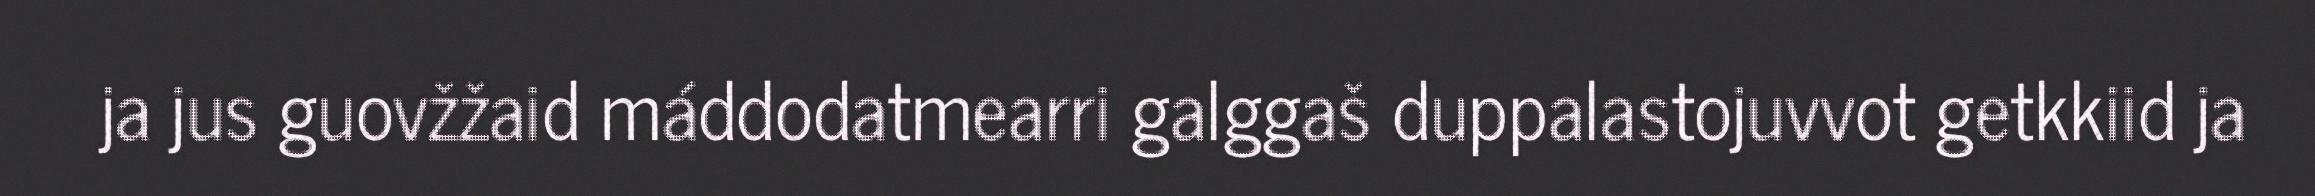
ja jus guovžžaid máddodatmearri galggaš duppalastojuvvot getkkiid ja